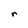
Character: r